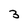
Character: 3